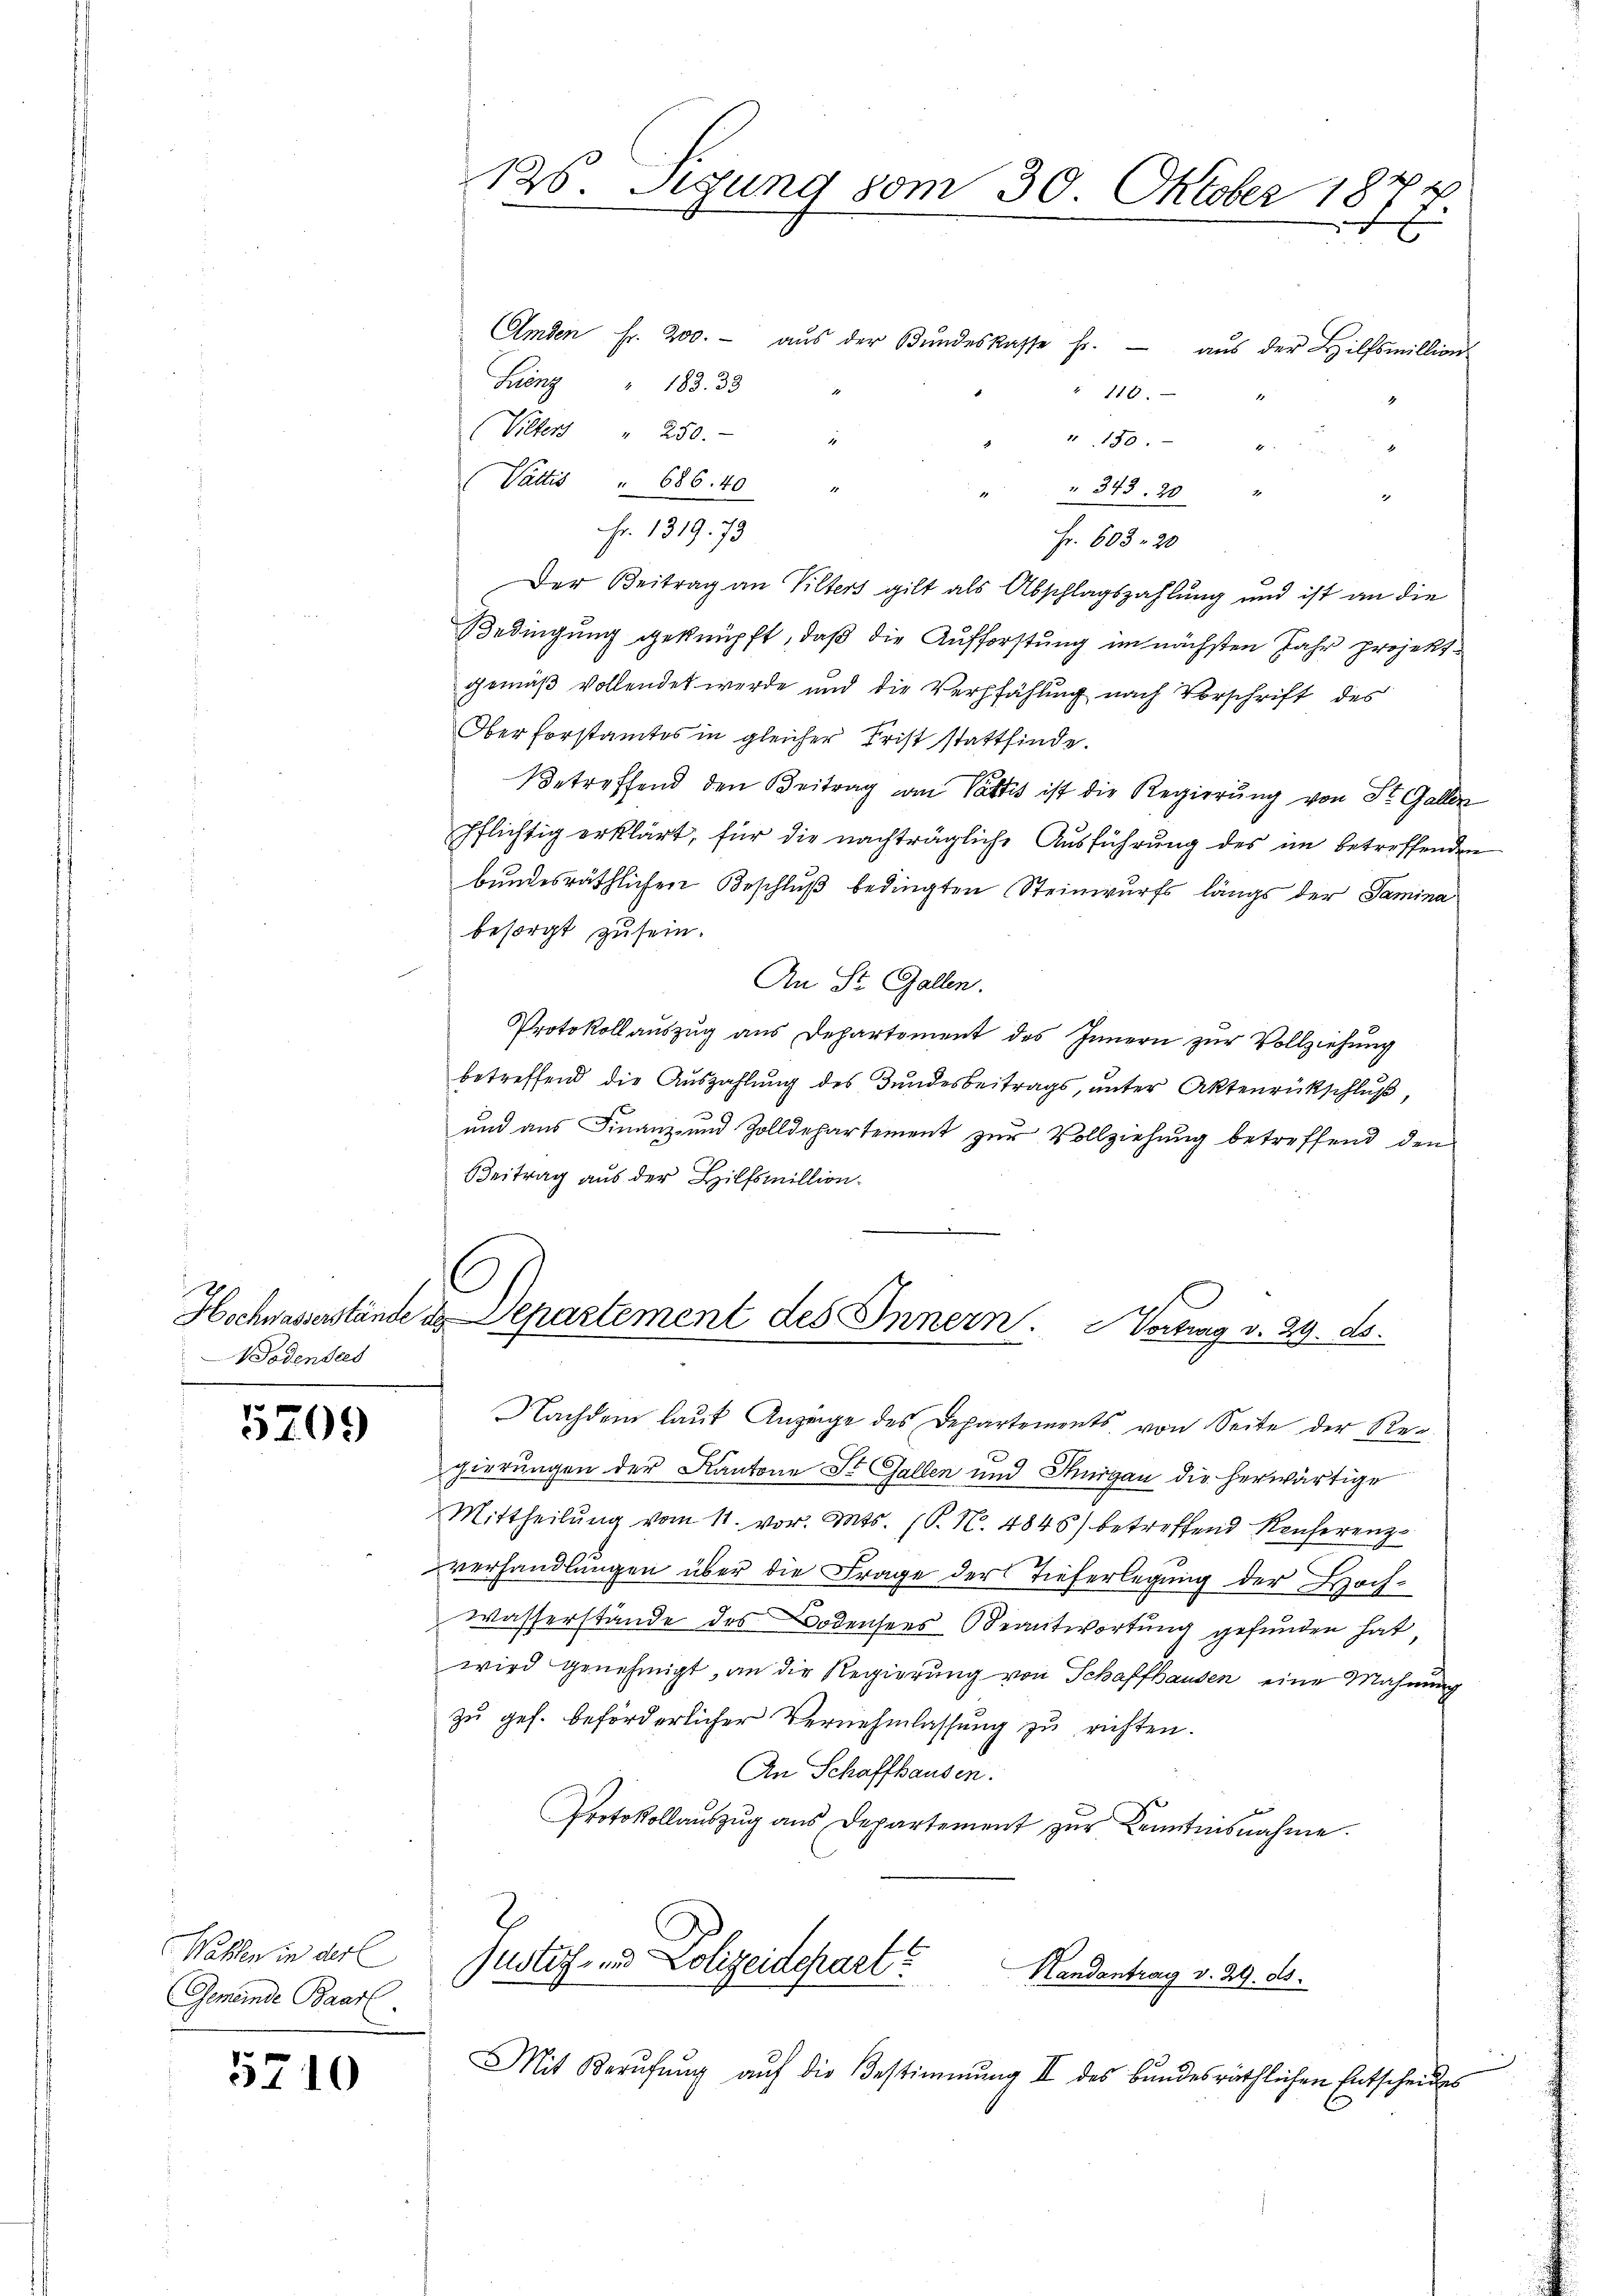
Bodensees

5209

Wahlen in der l
Gemeinde Baarl

5710

126. Sigung vom 30. Oktober 1874.
E

Amden fr. 200.- aŭs der Bŭndeskasse fr. aŭs der Hilfsmillion
Lönz " 183. 33
110.
2
(Vilbers " 250.
4
I 1784
Vattes " 686. 40
1
 " " 343. 20 "
.
Fr. 1319. 73
Fr. 603. 20
Der Beitrag an Vilters gilt als Abschlagszahlung und ist an die
Bedingung geknüpft, daß die Aufforstung im nächsten Jahr projektgemäß vollendet werde und die Verpfählung nach Vorschrift des
Oberforstamtes in gleicher Frist stattfinde.
Betreffend den Beitrag vom Vatte ist die Regierung von St. Galler
pflichtig erklärt, für die nachträgliche Ausführung des im betreffenden
bundesräthlichen Beschluß bedingten Steinwurfs längs der Samina
besorgt zu sein.
An St. Gallen.
Protokollauszug aus Departement des Innern zur Vollziehung
betreffend die Auszahlung des Bundesbeitrags, unter Aktenrückschluß,
und aus Finanz- und Zolldepartement zur Vollziehung betreffend den
Beitrag aus der Hilfsmillion.

Hochwasserstände der Departement des Innern. Vortrag v. 29. ds.

Justiz- und Polizeidepart?
Handantrag v. 29. ds.

Nachdem laŭt Anzeige des Departements von Seite der Rec
gierungen der Kantone St. Gallen und Thurgau die herwärtige
Mittheilung vom 11. vor. Mts. (T. N. 4846) betreffend Reicherenz
verhandlungen über die Frage der Tieferlegung der Hoch¬
Wasserstände des Bodensees Beantwortung gefunden hat
wird genehmigt, an die Regierung von Schaffhausen eine Mahnung
zu ges. beförderlicher Vernehmlassung zu richten.
An Schaffhausen.
Protokollauszug aus Departement zŭr Kenntnisnahme.

Mit Berŭfŭng aŭf die Bestimmung II des bundesräthlichen Entscheides
E